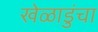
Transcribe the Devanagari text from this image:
खेळाडुंचा